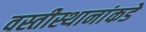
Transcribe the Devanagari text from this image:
वस्तीस्थानांकडे